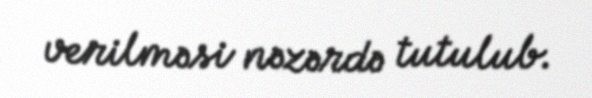
verilməsi nəzərdə tutulub.